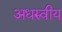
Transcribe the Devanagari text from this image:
अधरुवीय